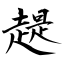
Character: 趧